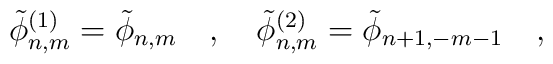
\tilde{\phi}_{n,m}^{(1)}=\tilde{\phi}_{n,m}~~~,~~~\tilde{\phi}_{n,m}^{(2)}=\tilde{\phi}_{n+1,-m-1}~~~,